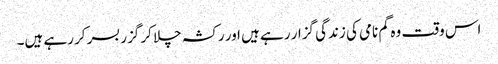
اس وقت وہ گم نامی کی زندگی گزار رہے ہیں اور رکشہ چلا کر گزر بسر کر رہے ہیں۔